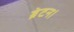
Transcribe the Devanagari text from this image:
ब्रेटन।